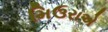
મિઉરાએ